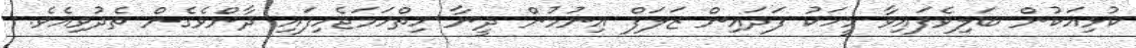
ކުޅިއަކުން ބަލިވެފައިވާ މީހަކު ފަދައިން ޒަލަފް އިނުމުން ދީނާ ހިތްހަމަޖެހިފައި ދާންވެގެން ތެދުވިއެވެ.